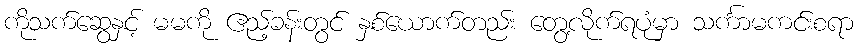
ကိုသက်ဆွေနှင့် မမကို ဧည့်ခန်းတွင် နှစ်ယောက်တည်း တွေ့လိုက်ရပုံမှာ သင်္ကာမကင်းစရာ